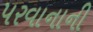
પરવાનાની